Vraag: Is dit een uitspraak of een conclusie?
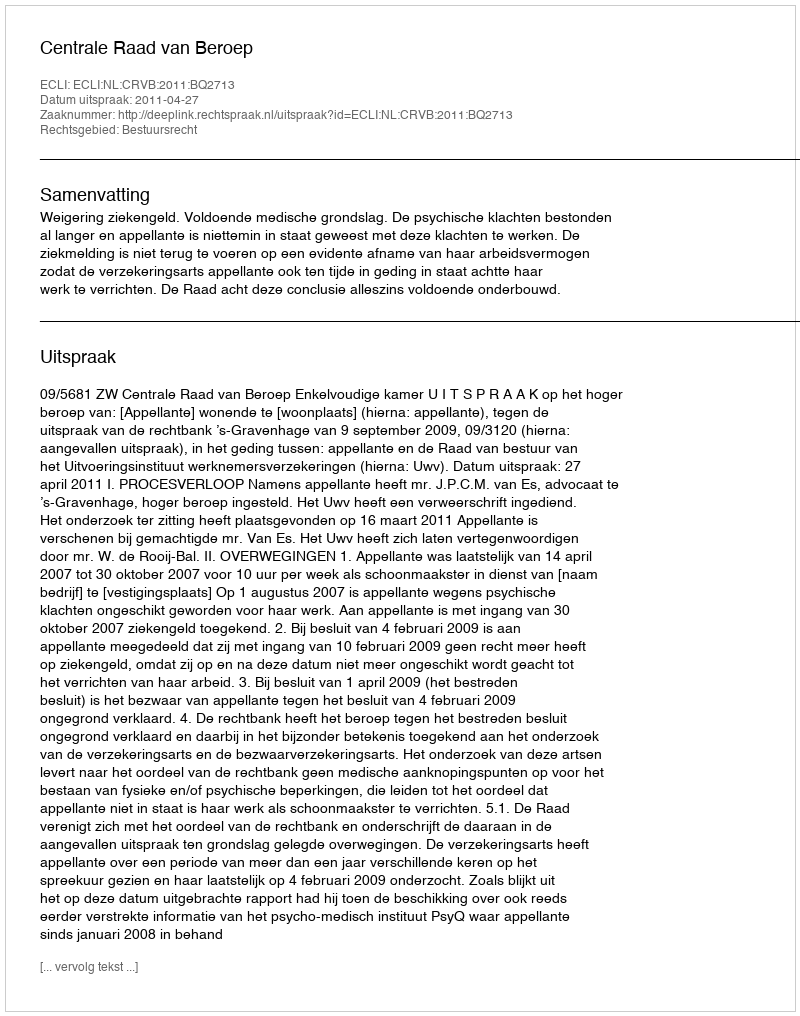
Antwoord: Uitspraak